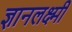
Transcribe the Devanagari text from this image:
ज्ञानलक्ष्मी